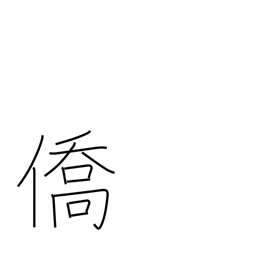
Meaning: expatriate